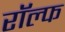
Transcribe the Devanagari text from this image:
राॅल्फ